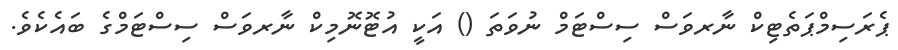
ޕެރަސިމްޕަތެޓިކް ނާރވަސް ސިސްޓަމް ނުވަތަ () އަކީ އުޓޮނޮމިކް ނާރވަސް ސިސްޓަމްގެ ބައެކެވެ.